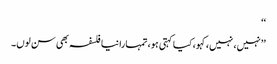
‘‘
’’نہیں، نہیں، کہو، کیا کہتی ہو، تمہارا نیا فلسفہ بھی سن لوں۔